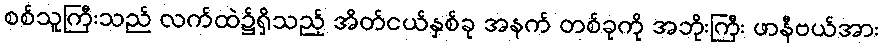
စစ်သူကြီးသည် လက်ထဲ၌ရှိသည့် အိတ်ငယ်နှစ်ခု အနက် တစ်ခုကို အဘိုးကြီး ဖာနီဗယ်အား